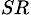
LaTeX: _{SR}